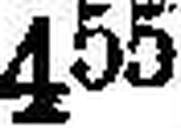
455